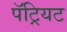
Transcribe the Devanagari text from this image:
पॅट्रियट